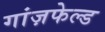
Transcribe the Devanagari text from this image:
गांज़फेल्ड